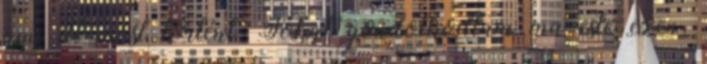
ami itt most történt. Sokat gondolkodtam ma este ezen,